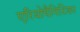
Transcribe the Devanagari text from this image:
एरियोपैगिटिका